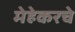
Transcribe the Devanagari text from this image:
मेहेकरचे